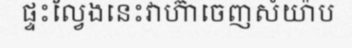
ផ្ទះល្វែងនេះវាហ៊ាចេញសំយ៉ាប